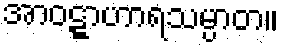
အာဝဋ္ဋာဟာရသမ္ပာတ။